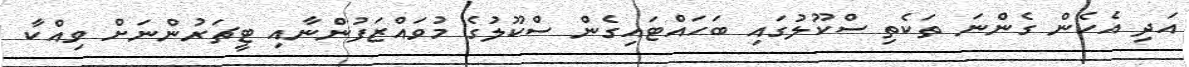
އަދި އެހެން ގެންނަ ތަކެތި ސްކޫލުގައި ބަހައްޓައިގެން ސްކޫލުގެ މުވައްޒަފުންނާއި ޓީޗަރުންނަށް ވިއްކާ